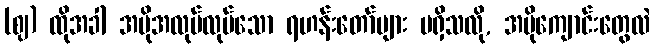
(ဈ) ထိုအခါ အပိုအလုပ်လုပ်သော ရဟန်းတော်များ မရှိသလို, အပိုကျောင်းတွေလဲ